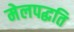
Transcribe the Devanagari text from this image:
मेलपद्धति